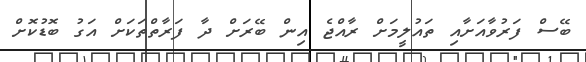
ބޭސް ފަރުވާއަށާއި ތައުލީމަށް ރާއްޖެ އިން ބޭރަށް ދާ ފަރާތްތަކަށް އަގު ބޮޑުކޮށް